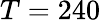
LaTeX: T=240